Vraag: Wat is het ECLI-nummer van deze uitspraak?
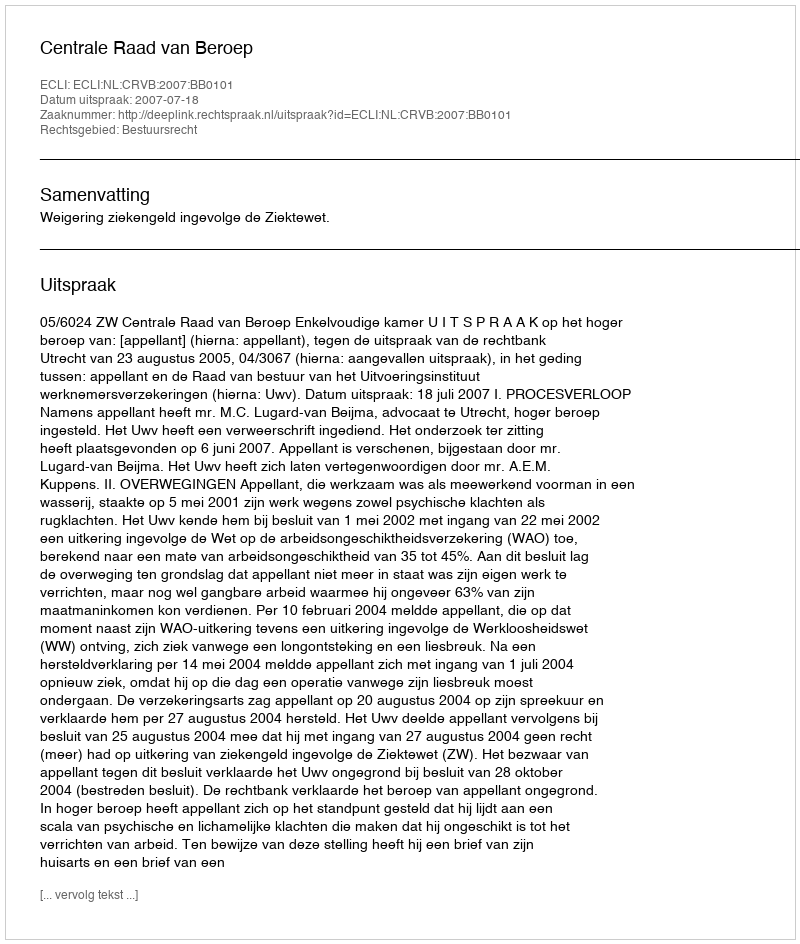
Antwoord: ECLI:NL:CRVB:2007:BB0101